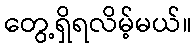
တွေ့ရှိရလိမ့်မယ်။